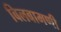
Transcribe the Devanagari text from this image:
बिलबामणी